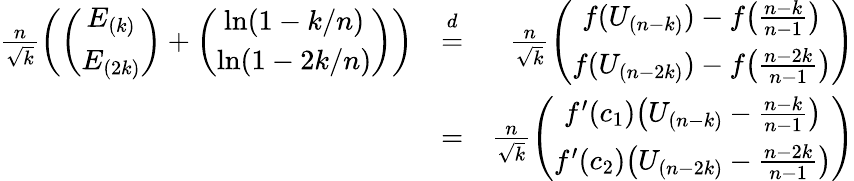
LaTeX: \begin{array}{rlr}{\frac{n}{\sqrt{k}}\left(\left(\begin{array}{c}{E_{(k)}}\\ {E_{(2k)}}\end{array}\right)+\left(\begin{array}{c}{\ln(1-k/n)}\\ {\ln(1-2k/n)}\end{array}\right)\right)}&{\stackrel{d}{=}}&{\frac{n}{\sqrt{k}}\left(\begin{array}{c}{f(U_{(n-k)})-f\big(\frac{n-k}{n-1}\big)}\\ {f(U_{(n-2k)})-f\big(\frac{n-2k}{n-1}\big)}\end{array}\right)}\\ &{=}&{\frac{n}{\sqrt{k}}\left(\begin{array}{c}{f^{\prime}(c_{1})\big(U_{(n-k)}-\frac{n-k}{n-1}\big)}\\ {f^{\prime}(c_{2})\big(U_{(n-2k)}-\frac{n-2k}{n-1}\big)}\end{array}\right)}\end{array}